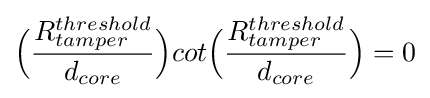
{\Bigl (}{\frac {R_{tamper}^{threshold}}{d_{core}}}{\Bigr )}cot{\Bigl (}{\frac {R_{tamper}^{threshold}}{d_{core}}}{\Bigr )}=0